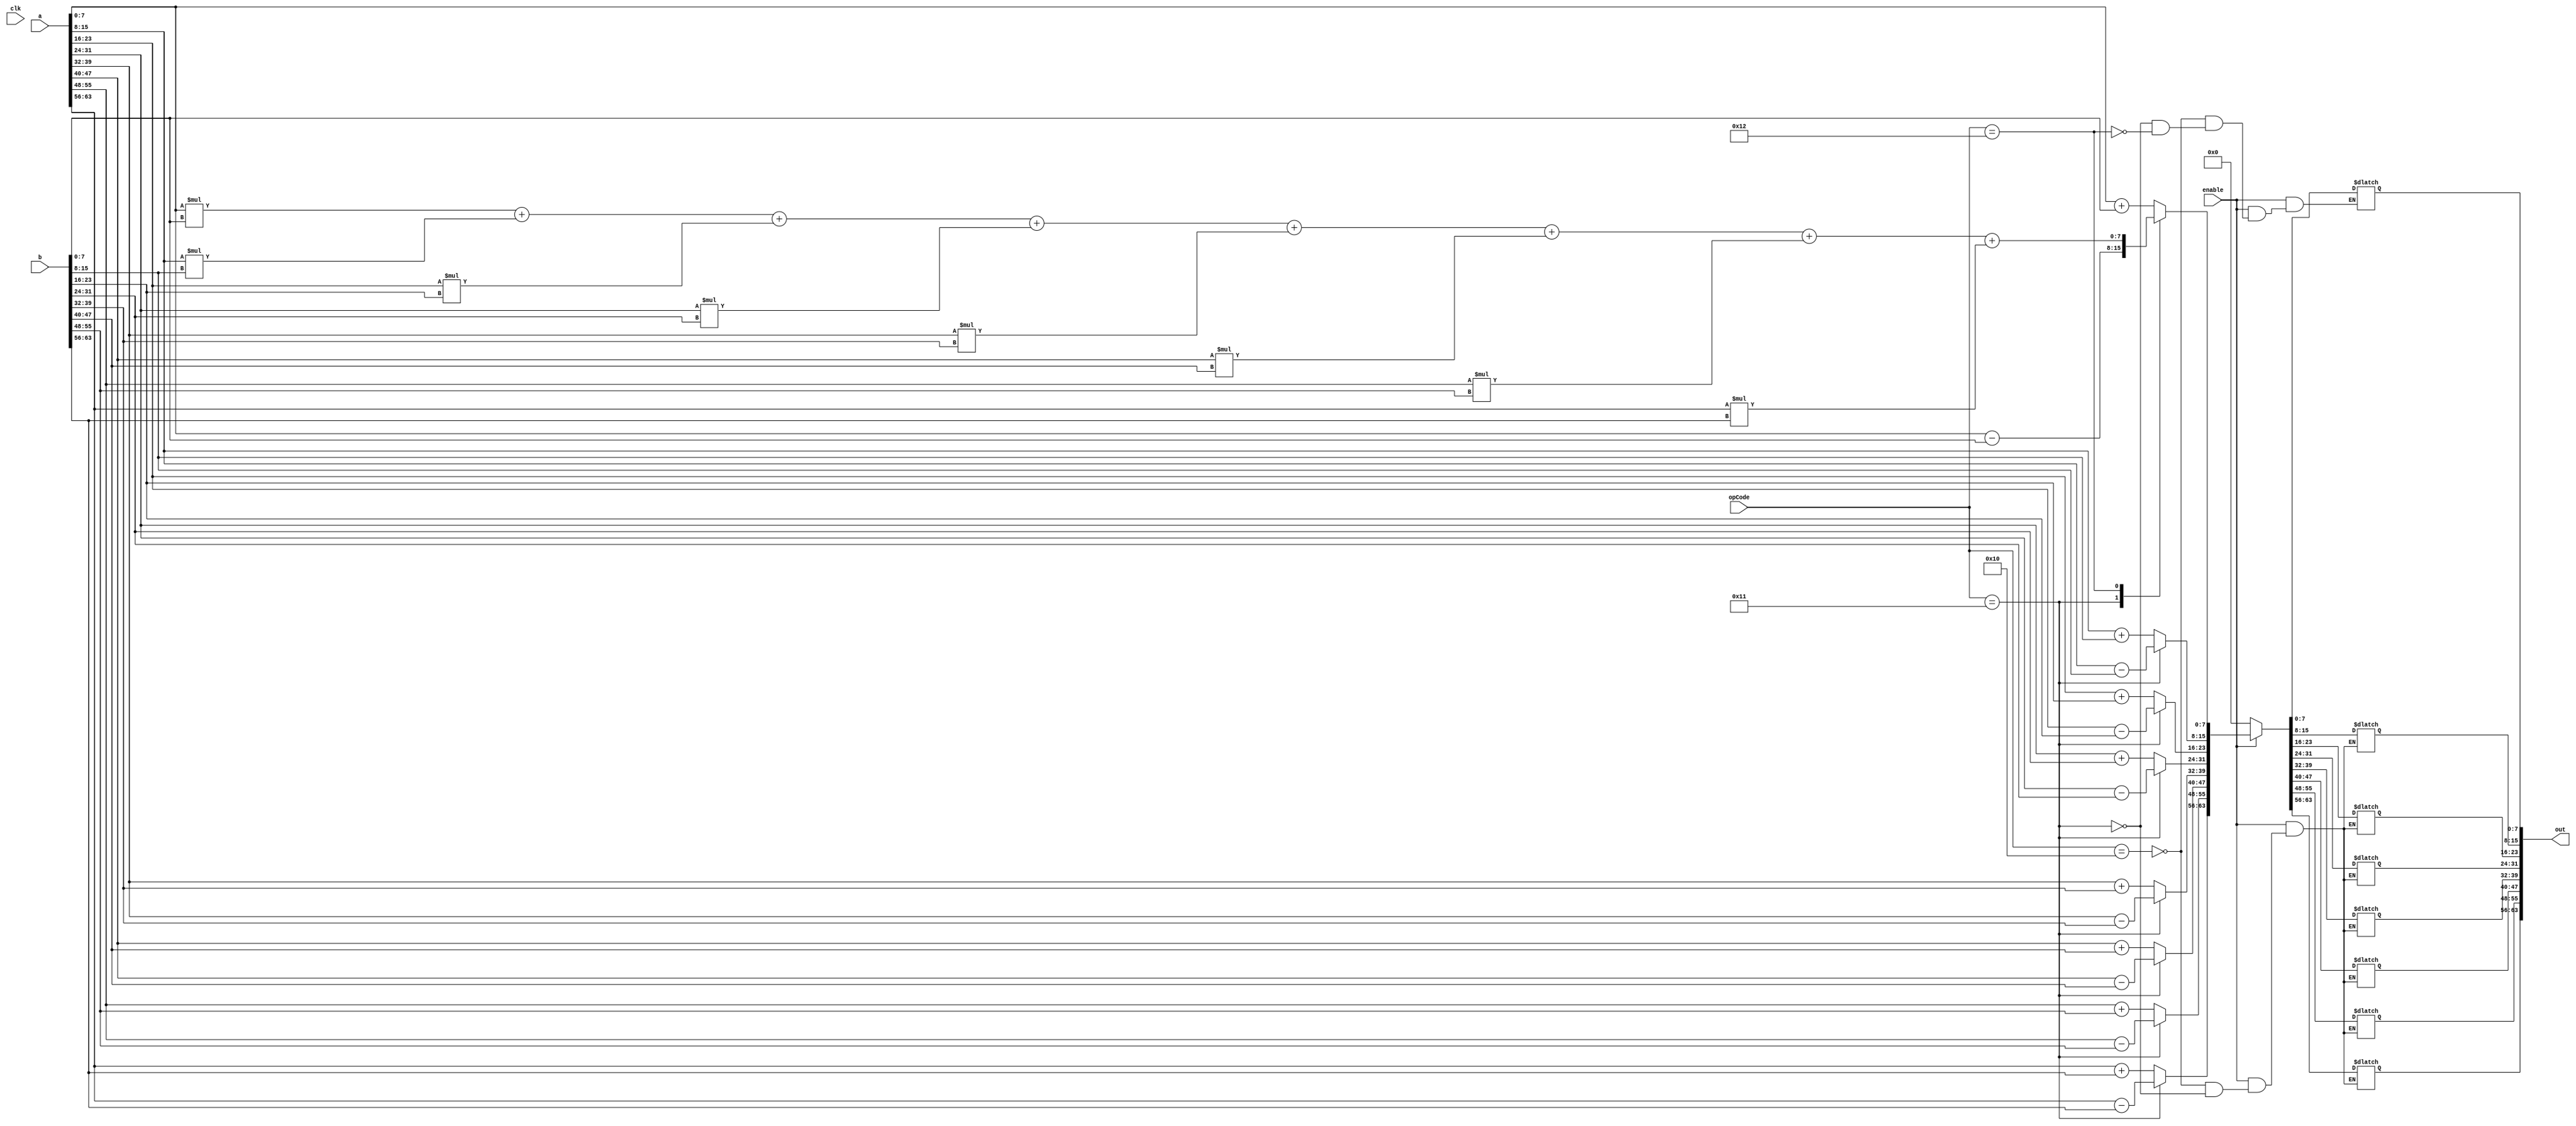
module VPU(
    input wire clk,
    input wire [63:0] a,
    input wire [63:0] b,
    input wire 	      enable,
    input wire [5:0] opCode, // choosing 6 bit op code
    output reg [63:0] out);

    reg [31:0] temp;
    initial begin
	out = {64{1'b0}};
    end
    always @(*) begin
	if (enable) begin
	case(opCode)
	
	6'b010000: begin
	out[7:0] = a[7:0] + b[7:0];
	out[15:8] = a[15:8] + b[15:8];
	out[23:16] = a[23:16] + b[23:16];
	out[31:24] = a[31:24] + b[31:24];
	out[39:32] = a[39:32] + b[39:32];
	out[47:40] = a[47:40] + b[47:40];
	out[55:48] = a[55:48] + b[55:48];
	out[63:56] = a[63:56] + b[63:56];
	end

	6'b010001: begin
	out[7:0] = a[7:0] - b[7:0];
	out[15:8] = a[15:8] - b[15:8];
	out[23:16] = a[23:16] - b[23:16];
	out[31:24] = a[31:24] - b[31:24];
	out[39:32] = a[39:32] - b[39:32];
	out[47:40] = a[47:40] - b[47:40];
	out[55:48] = a[55:48] - b[55:48];
	out[63:56] = a[63:56] - b[63:56];
	end

	6'b010010: begin
	
	temp[15:0] = a[7:0]*b[7:0];
	temp[31:16] = temp[15:0];
	temp[15:0] = a[15:8]*b[15:8];
	temp[31:16] = temp[31:16] + temp[15:0];
	temp[15:0] = a[23:16]*b[23:16];
	temp[31:16] = temp[31:16] + temp[15:0];
	temp[15:0] = a[31:24]*b[31:24];
	temp[31:16] = temp[31:16] + temp[15:0];
	temp[15:0] = a[39:32]*b[39:32];
	temp[31:16] = temp[31:16] + temp[15:0];
	temp[15:0] = a[47:40]*b[47:40];
	temp[31:16] = temp[31:16] + temp[15:0];
	temp[15:0] = a[55:48]*b[55:48];
	temp[31:16] = temp[31:16] + temp[15:0];
	temp[15:0] = a[63:56]*b[63:56];
	temp[31:16] = temp[31:16] + temp[15:0];
	
	out[7:0] = temp[23:16];
	end
endcase
end
else begin
out = {64{1'b0}};
end


end

endmodule